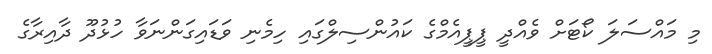
މި މައްސަލަ ކޯޓަށް ވެއްދީ ޕީޕީއެމްގެ ކައުންސިލްގައި ހިމެނި ވަޑައިގަންނަވާ ހުޅުދޫ ދާއިރާގެ